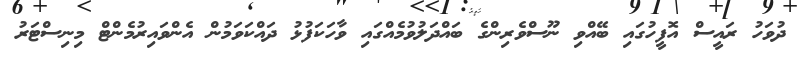
ދުވަހު ރައީސް އޮފީހުގައި ބޭއްވި ނޫސްވެރިންގެ ބައްދަލުވުމެއްގައި ވާހަކަފުޅު ދައްކަވަމުން އެންވައިރުމެންޓް މިނިސްޓަރު